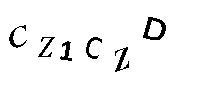
CZ1CZD